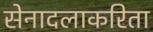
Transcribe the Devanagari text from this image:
सेनादलाकरिता